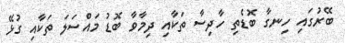
ބޭރުގައި ހިނގާ ބޮޑެތި ހާދިސާ ތަކާއި ދިމާވާ ބޮޑު މައްސަލަ ތަކާއި ގުޅޭ